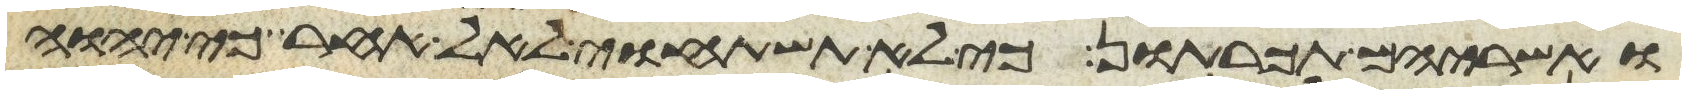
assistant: ואשריהם תכרתון כי לא תשתחוי לאל אחר כי יהוה